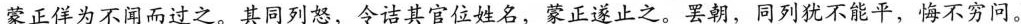
蒙正佯为不闻而过之。其同列怒，令诘\underline{其同列怒，令诘其官位姓名，蒙正遂止之。}罢朝，同列犹不能平，悔不穷问。